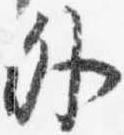
外